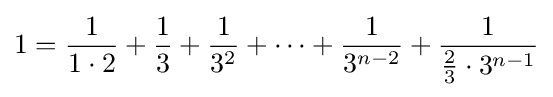
1={\frac {1}{1\cdot 2}}+{\frac {1}{3}}+{\frac {1}{3^{2}}}+\dots +{\frac {1}{3^{n-2}}}+{\frac {1}{{\frac {2}{3}}\cdot 3^{n-1}}}